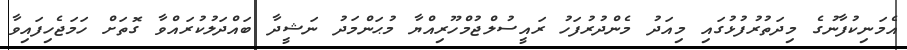
އެމަނިކުފާނުގެ މިދަތުރުފުޅުގައި މިއަދު މެންދުރުފަހު ރައީސުލްޖުމްހޫރިއްޔާ މުޙަންމަދު ނަޝީދާ ބައްދަލުކުރައްވާ ގޮތަށް ހަމަޖެހިފައިވާ